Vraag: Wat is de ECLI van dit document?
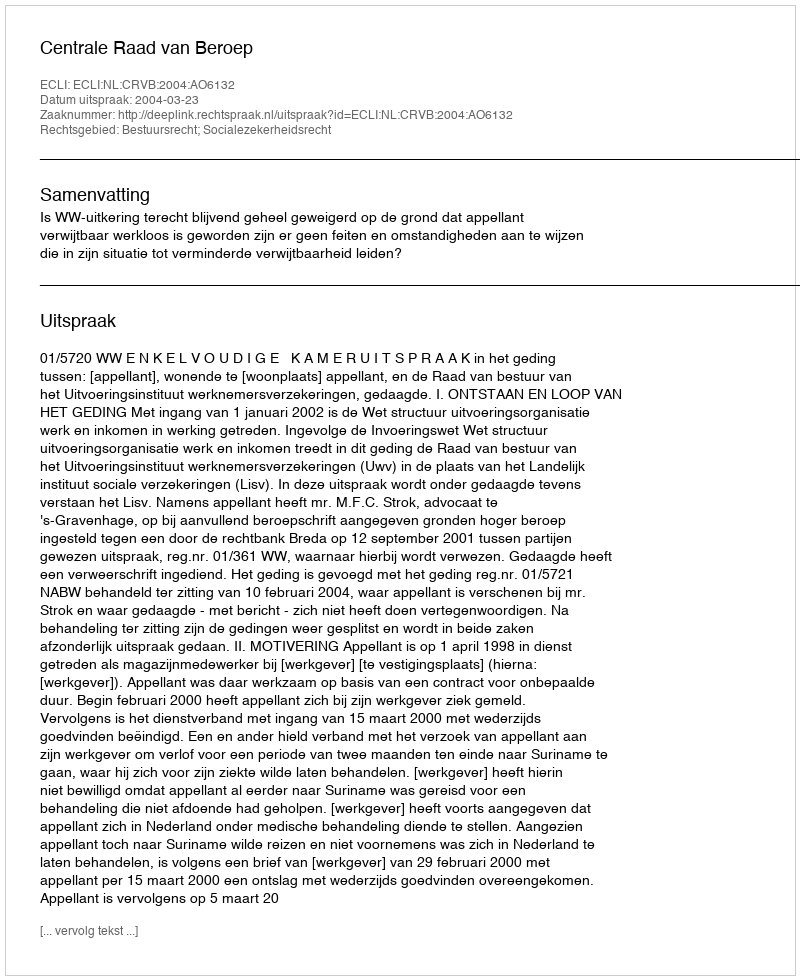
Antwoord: ECLI:NL:CRVB:2004:AO6132